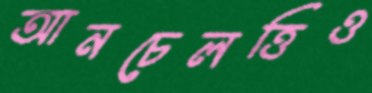
আনচেলত্তিও